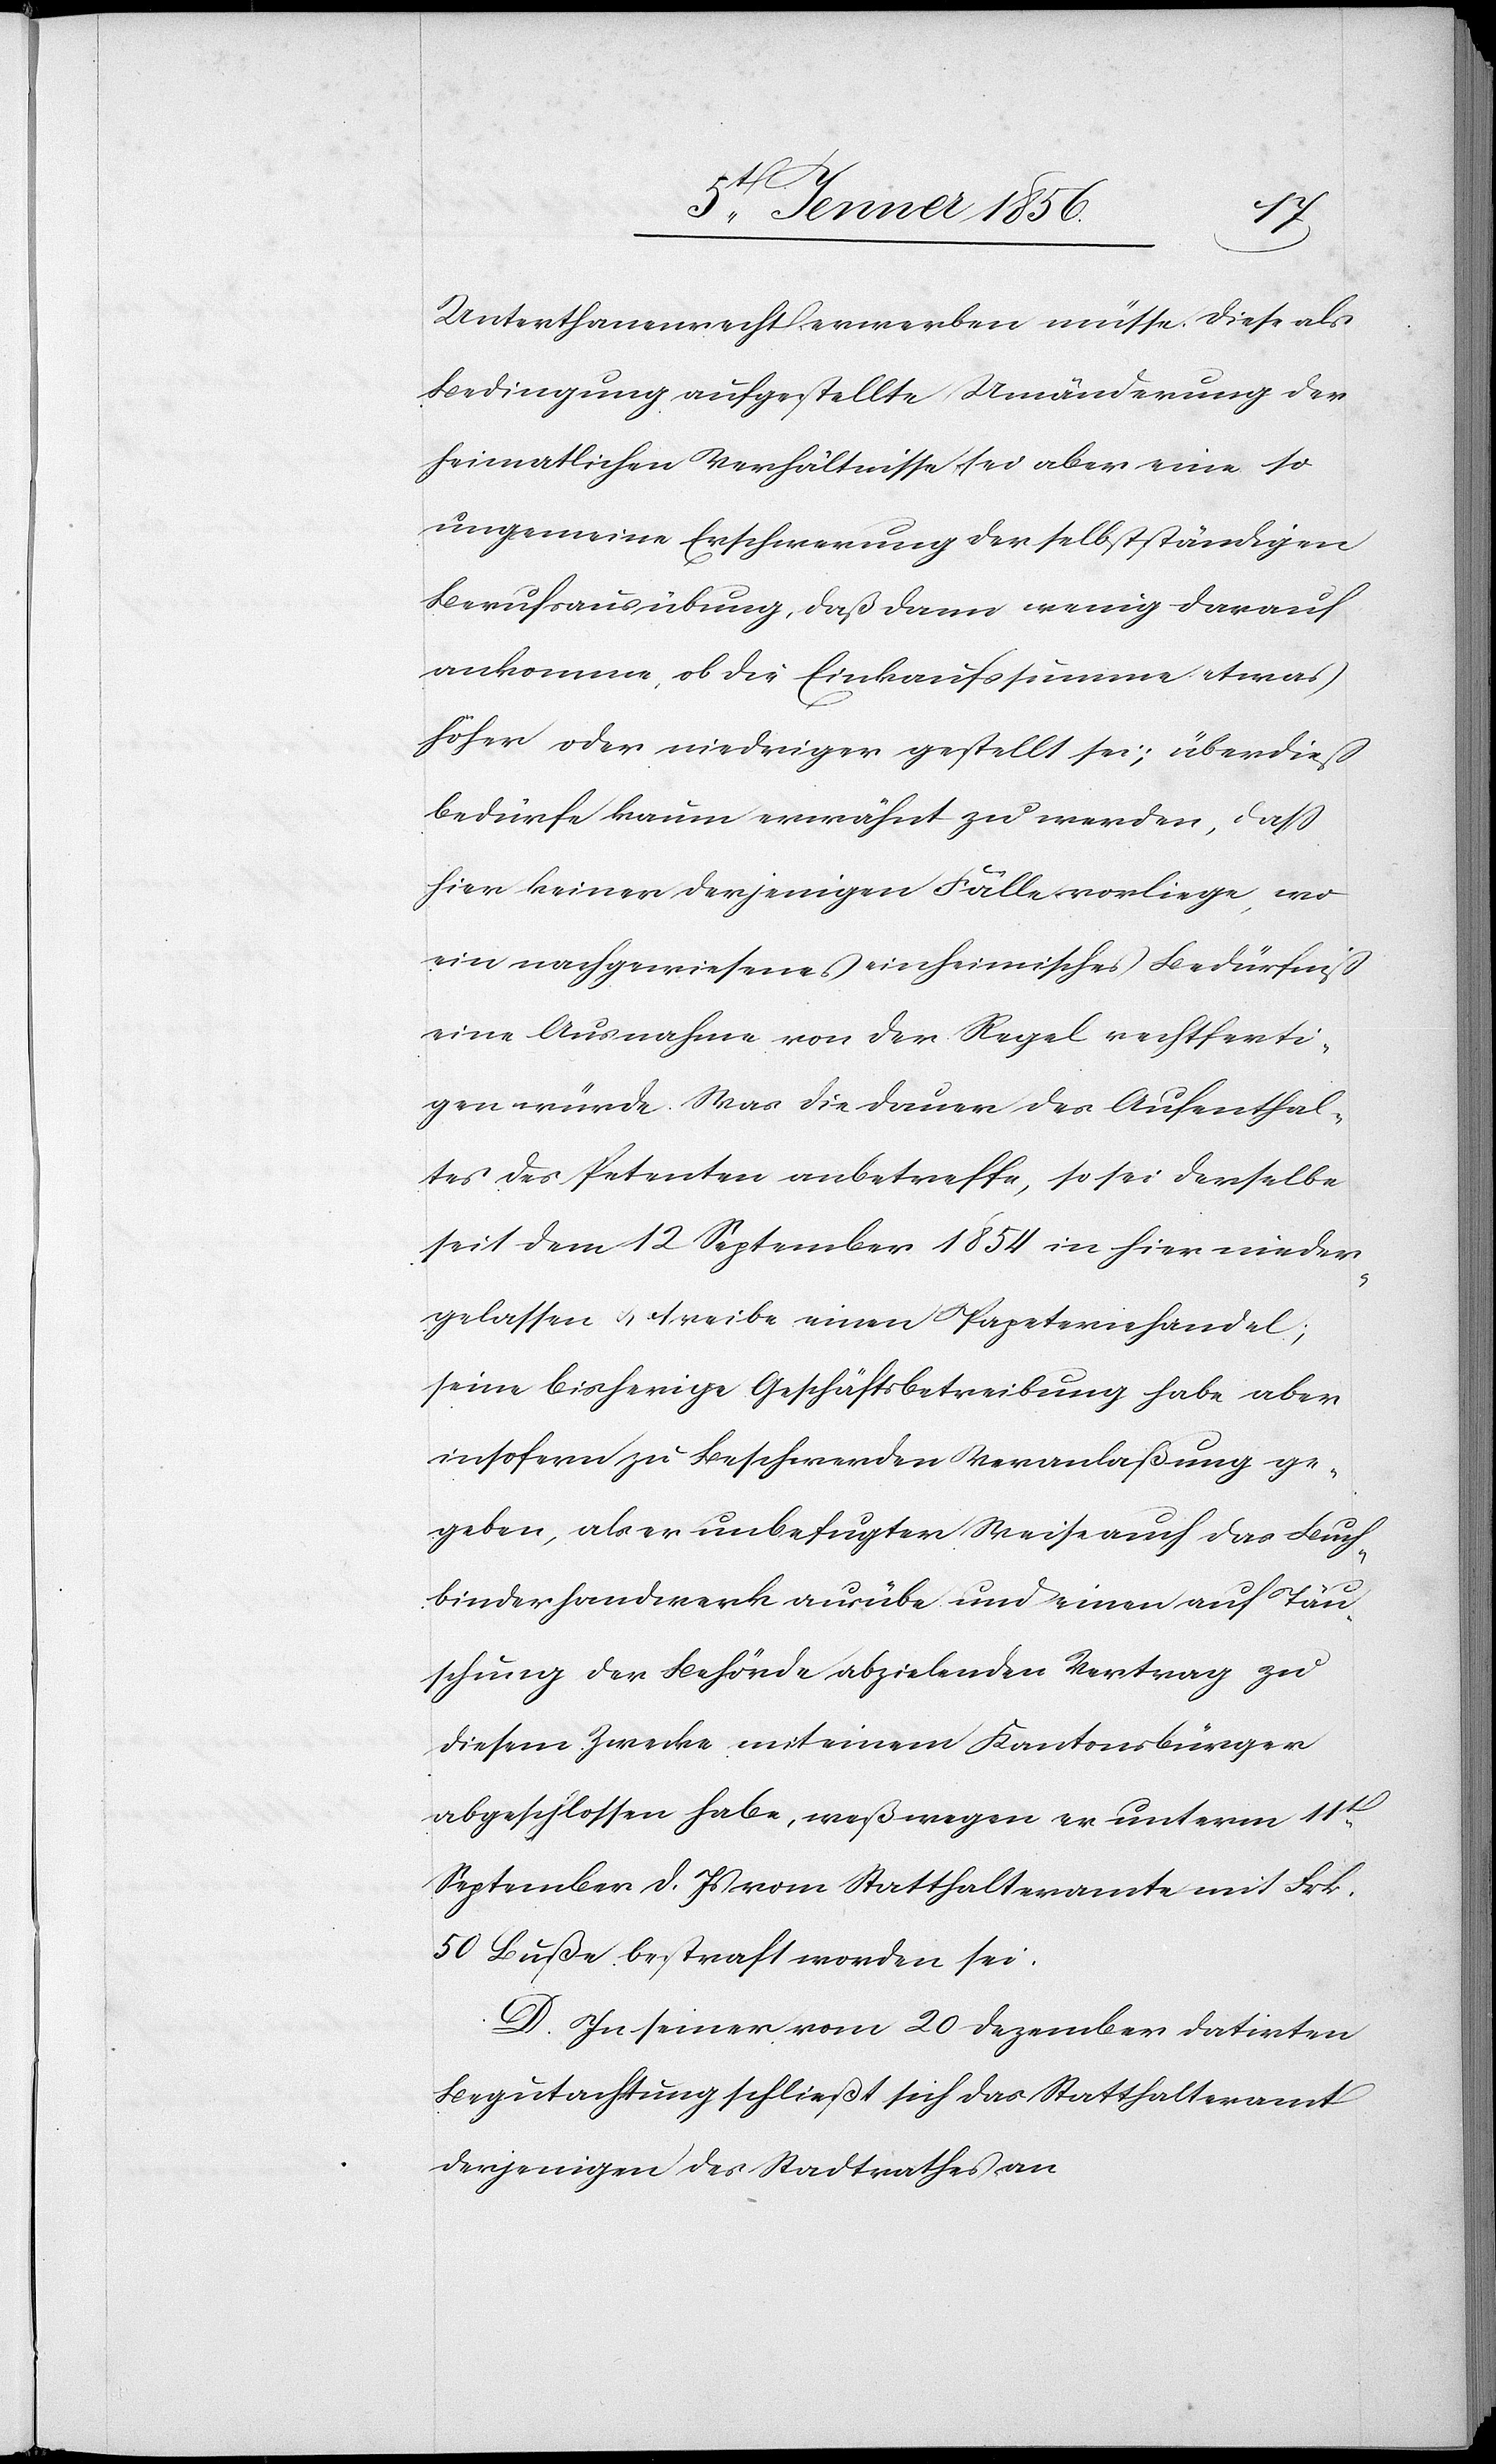
Unterthanenrecht erwerben müsse. Diese als
Bedingung aufgestellte Umänderung der
heimatlichen Verhältnisse sei aber eine so
ungemeine Erschwerung der selbstständigen
Berufsausübung, daß dann wenig darauf
ankomme, ob die Einkaufssumme etwas
höher oder niedriger gestellt sei; überdieß
bedürfe kaum erwähnt zu werden, daß
hier keiner derjenigen Fälle vorliege, wo
ein nachgewiesenes einheimisches Bedürfniß
eine Ausnahme von der Regel rechtferti¬
gen würde. Was die Dauer des Aufenthal¬
tes des Petenten anbetreffe, so sei derselbe
seit dem 12 September 1854 in hier nieder¬
gelassen u. treibe einen Papeteriehandel;
seine bisherige Geschäftsbetreibung habe aber
insofern zu Beschwerden Veranlaßung ge¬
geben, als er unbefugter Weise auch das Buch¬
binderhandwerk ausübe und einen auf Täu¬
schung der Behörde abzielenden Vertrag zu
diesem Zwecke mit einem Kantonsbürger
abgeschlossen habe, weßwegen er unterm 11t
September d. Js vom Statthalteramte mit Frk.
50 Buße bestraft worden sei.
D. In seiner vom 20 Dezember datirten
Begutachtung schließt sich das Statthalteramt
derjenigen des Stadtrathes an